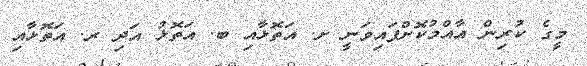
މީގެ ކުރިން އާއްމުކޮށްފައިވަނީ ށ. އަތޮޅާއި ބ. އަތޮޅު އަދި ރ. އަތޮޅާއި